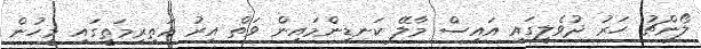
ލޯންޗު ހަރު ދުވެލީގައި އައިސް މާލޭ ކަނޑިންމައިން ވަތް އިރު އަތިރިމަތީގައި މީހުން